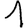
Digit: 1